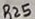
Text: R25